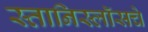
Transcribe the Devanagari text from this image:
स्तानिस्लॉसचे